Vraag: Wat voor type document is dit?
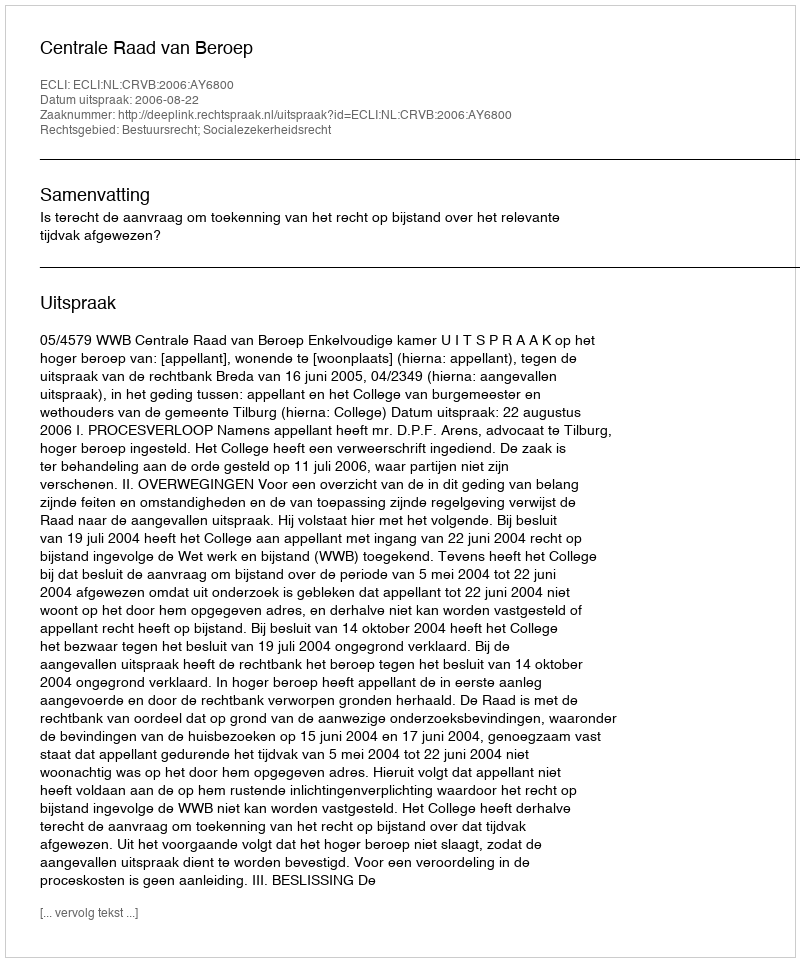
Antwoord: Uitspraak